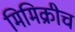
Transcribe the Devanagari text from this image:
मिमिक्रीच